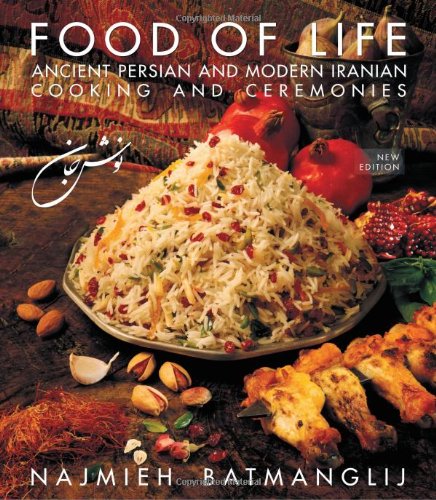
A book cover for Food of Life: Ancient Persian and Modern Iranian Cooking and Ceremonies; Najmieh Batmanglij; Cookbooks, Food & Wine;